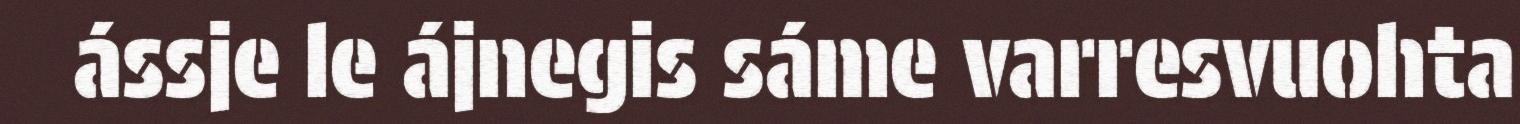
ássje le ájnegis sáme varresvuohta